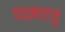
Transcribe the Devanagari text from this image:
पद्मराजु